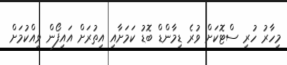
މިހާރު ހުރި ސްޓޮކަށް ވުރެ ޑިމާންޑް ބޮޑު ކަމަށާއި އިތުރަށް އައިފޯން ވިއްކުމަށް